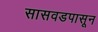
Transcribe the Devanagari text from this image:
सासवडपासून